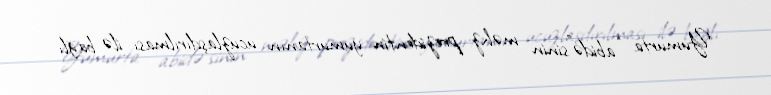
Yumurta “abidə”sinin məhz prezidentin yumurtanın ucuzlaşdırılması ilə bağlı